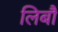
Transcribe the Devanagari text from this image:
लिबौ